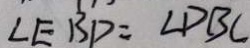
\angle E B D = \angle D B C